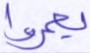
يعمروا